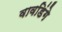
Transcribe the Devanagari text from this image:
वावडिंगे